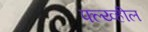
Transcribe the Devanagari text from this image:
फ्ल्य्व्हील